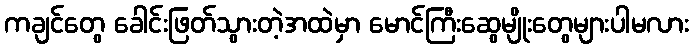
ကချင်တွေ ခေါင်းဖြတ်သွားတဲ့အထဲမှာ မောင်ကြီးဆွေမျိုးတွေများပါမလား